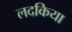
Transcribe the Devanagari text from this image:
लदकिया